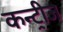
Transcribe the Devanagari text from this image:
कन्ट्रीज